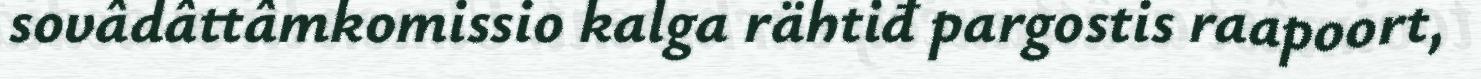
sovâdâttâmkomissio kalga rähtiđ pargostis raapoort,